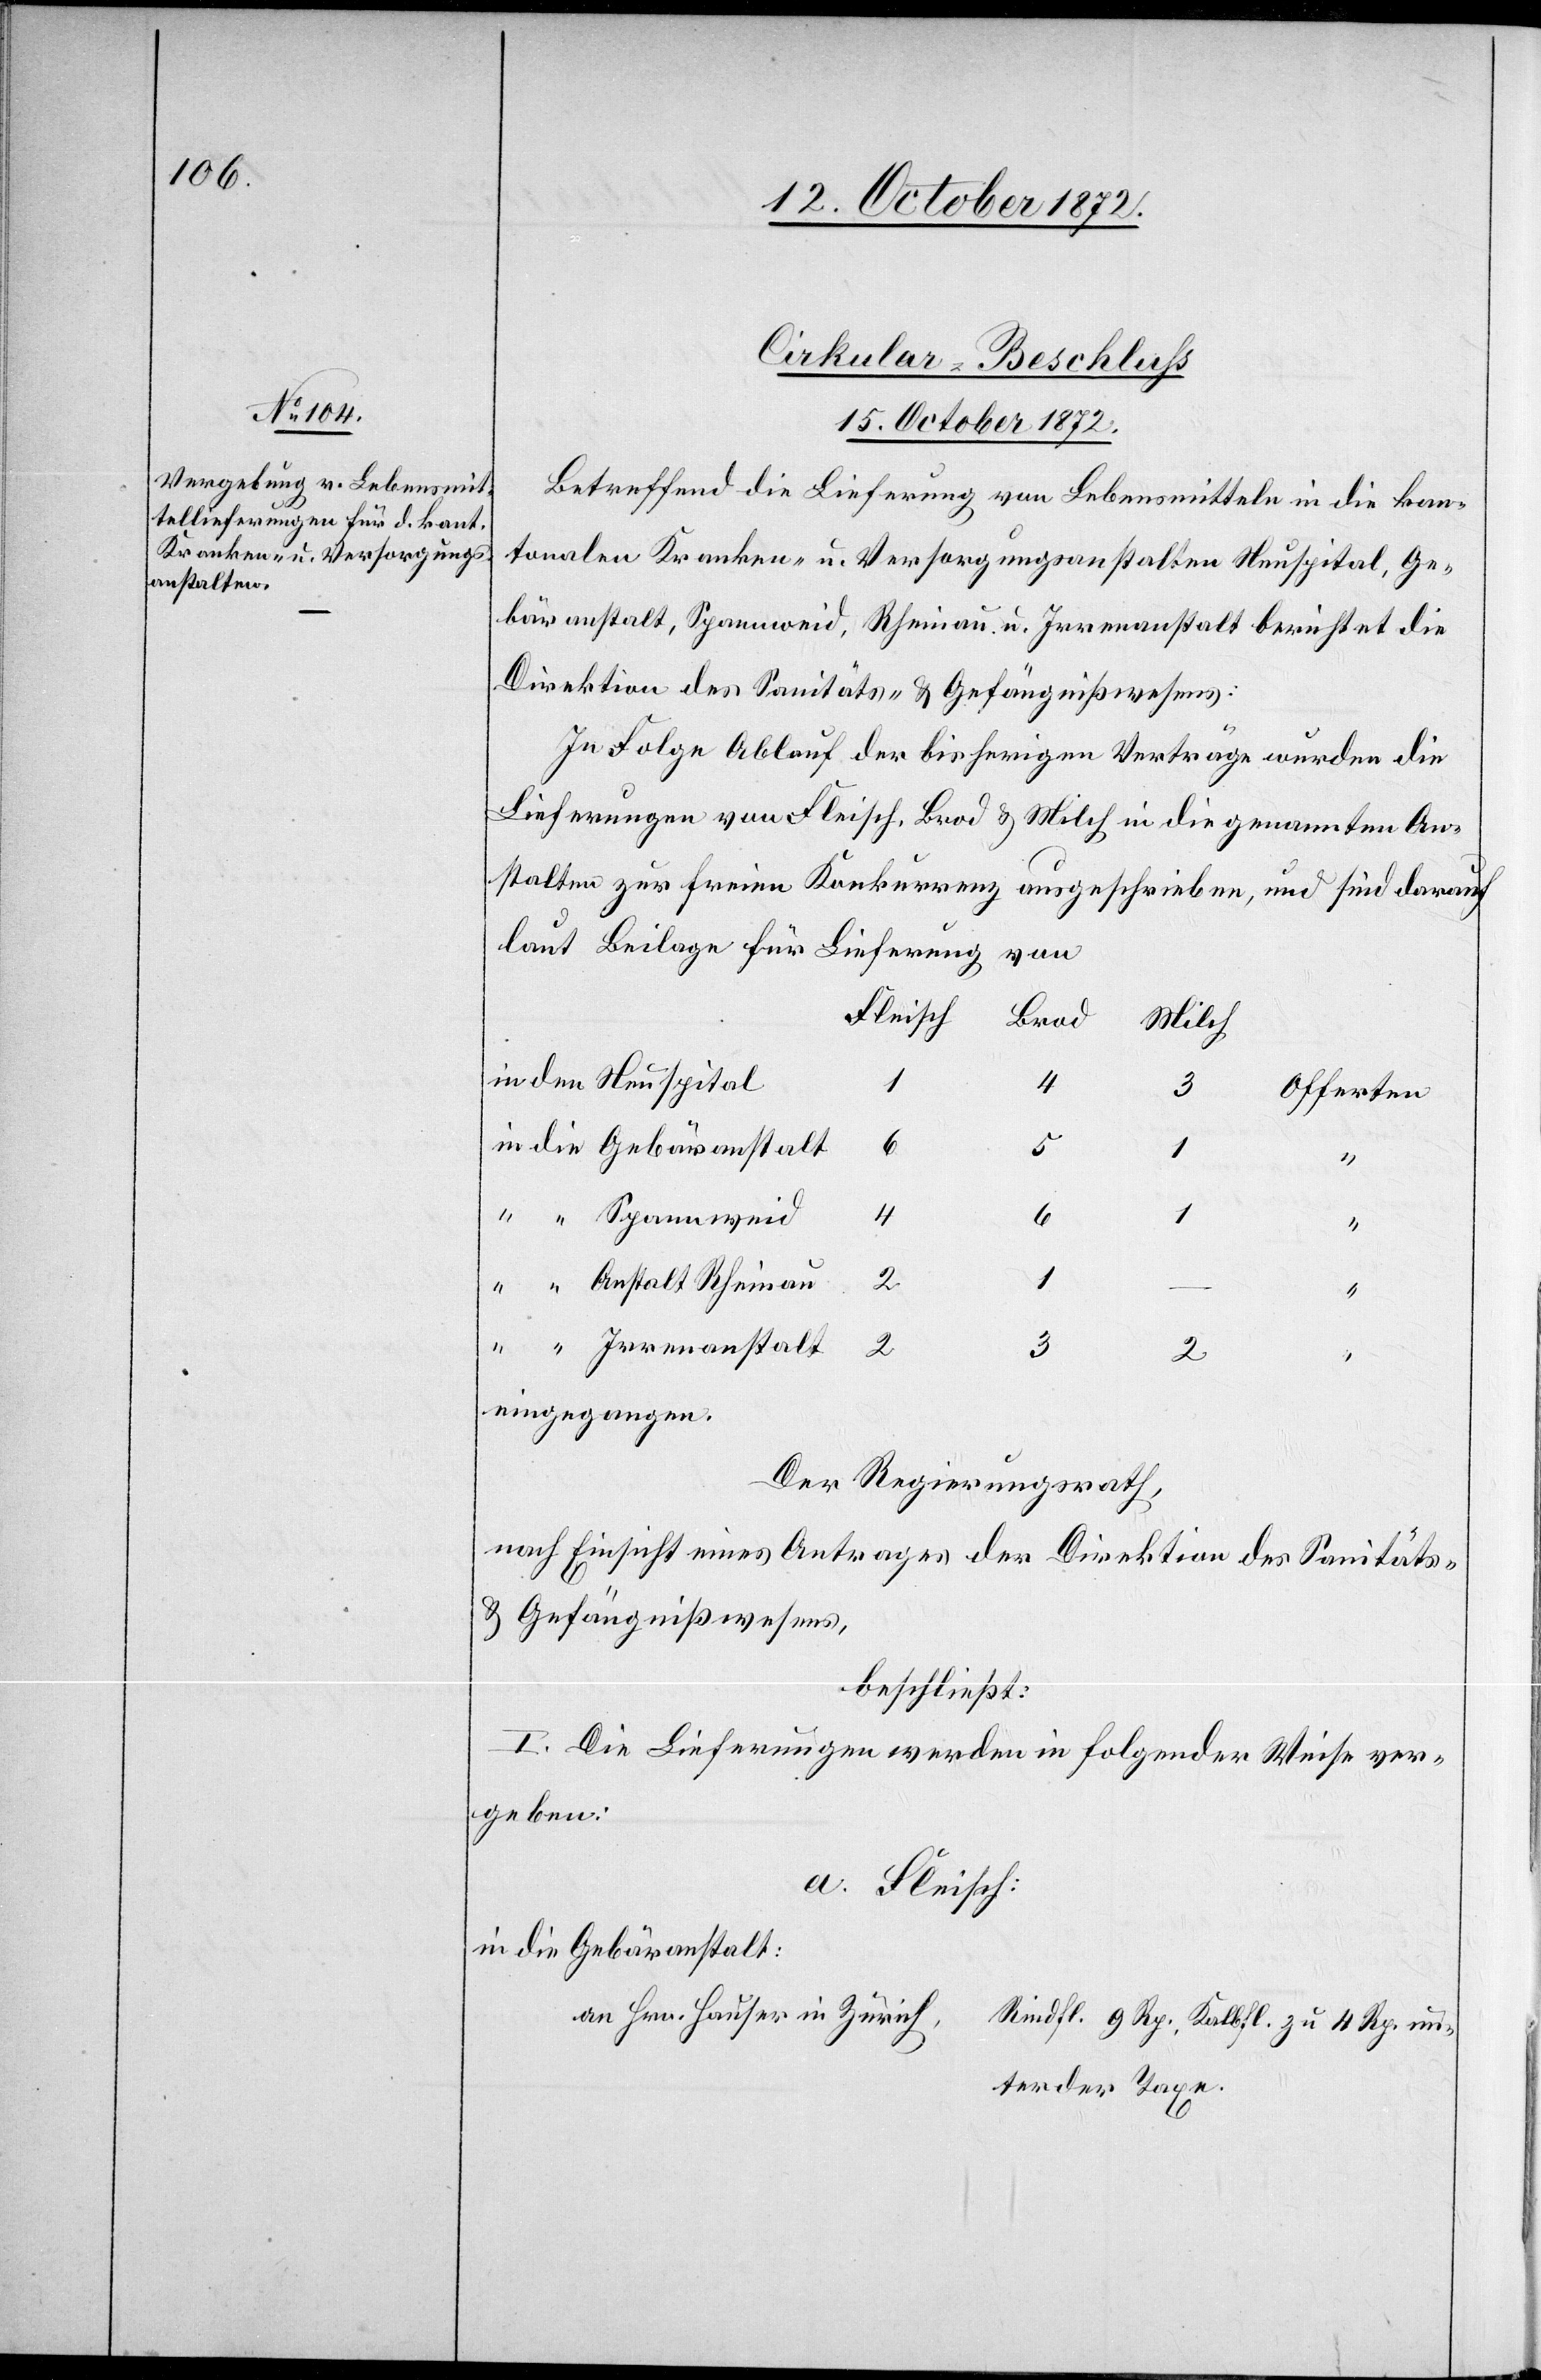
Cirkular-Beschluss
15. October 1872.
Betreffend die Lieferung von Lebensmitteln in die kan¬
tonalen Kranken- u. Versorgungsanstalten Neuspital, Ge¬
bäranstalt, Spannweid, Rheinau u. Irrenanstalt berichtet die
Direktion des Sanitäts- u. Gefängnißwesens:
In Folge Ablauf der bisherigen Verträge wurden die
Lieferungen von Fleisch, Brod u. Milch in die genannten An¬
stalten zur freien Konkurrenz
ausgeschrieben, und sind darauf
laut Beilage für Lieferung
den
Fleisch
Brod
Milch
3
Offerten
2
1
4
1
Anstalt Rheinau
3
2
eingegangen.
Der Regierungsrath,
nach Einsicht eines Antrages der Direktion des Sanitäts-
u. Gefängnißwesens,
beschließt:
I. Die Lieferungen werden in folgender Weise ver¬
geben:
a. Fleisch:
in die Gebäranstalt:
an Hrn. Hausen in Zürich,
Rindfl. 9 Rp., Kalbfl. zu 4 Rp. un¬
ter der Taxe.